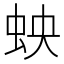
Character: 𫊬